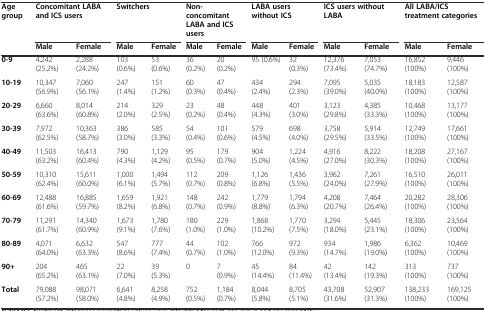
<table><thead><tr><td><b>Age group</b></td><td colspan="2"><b>Concomitant LABA and ICS users</b></td><td colspan="2"><b>Switchers</b></td><td colspan="2"><b>Non-concomitant LABA and ICS users</b></td><td colspan="2"><b>LABA users without ICS</b></td><td colspan="2"><b>ICS users without LABA</b></td><td colspan="2"><b>All LABA/ICS treatment categories</b></td></tr><tr><td></td><td><b>Male</b></td><td><b>Female</b></td><td><b>Male</b></td><td><b>Female</b></td><td><b>Male</b></td><td><b>Female</b></td><td><b>Male</b></td><td><b>Female</b></td><td><b>Male</b></td><td><b>Female</b></td><td><b>Male</b></td><td><b>Female</b></td></tr></thead><tbody><tr><td><b>0-9</b></td><td>4,242 (25.2%)</td><td>2,288 (24.2%)</td><td>103 (0.6%)</td><td>53 (0.6%)</td><td>36 (0.2%)</td><td>20 (0.2%)</td><td>95 (0.6%)</td><td>32 (0.3%)</td><td>12,376 (73.4%)</td><td>7,053 (74.7%)</td><td>16,852 (100%)</td><td>9,446 (100%)</td></tr><tr><td><b>10-19</b></td><td>10,347 (56.9%)</td><td>7,060 (56.1%)</td><td>247 (1.4%)</td><td>151 (1.2%)</td><td>60 (0.3%)</td><td>47 (0.4%)</td><td>434 (2.4%)</td><td>294 (2.3%)</td><td>7,095 (39.0%)</td><td>5,035 (40.0%)</td><td>18,183 (100%)</td><td>12,587 (100%)</td></tr><tr><td><b>20-29</b></td><td>6,660 (63.6%)</td><td>8,014 (60.8%)</td><td>214 (2.0%)</td><td>329 (2.5%)</td><td>23 (0.2%)</td><td>48 (0.4%)</td><td>448 (4.3%)</td><td>401 (3.0%)</td><td>3,123 (29.8%)</td><td>4,385 (33.3%)</td><td>10,468 (100%)</td><td>13,177 (100%)</td></tr><tr><td><b>30-39</b></td><td>7,972 (62.5%)</td><td>10,363 (58.7%)</td><td>386 (3.0%)</td><td>585 (3.3%)</td><td>54 (0.4%)</td><td>101 (0.6%)</td><td>579 (4.5%)</td><td>698 (4.0%)</td><td>3,758 (29.5%)</td><td>5,914 (33.5%)</td><td>12,749 (100%)</td><td>17,661 (100%)</td></tr><tr><td><b>40-49</b></td><td>11,503 (63.2%)</td><td>16,413 (60.4%)</td><td>790 (4.3%)</td><td>1,129 (4.2%)</td><td>95 (0.5%)</td><td>179 (0.7%)</td><td>904 (5.0%)</td><td>1,224 (4.5%)</td><td>4,916 (27.0%)</td><td>8,222 (30.3%)</td><td>18,208 (100%)</td><td>27,167 (100%)</td></tr><tr><td><b>50-59</b></td><td>10,310 (62.4%)</td><td>15,611 (60.0%)</td><td>1,000 (6.1%)</td><td>1,494 (5.7%)</td><td>112 (0.7%)</td><td>209 (0.8%)</td><td>1,126 (6.8%)</td><td>1,436 (5.5%)</td><td>3,962 (24.0%)</td><td>7,261 (27.9%)</td><td>16,510 (100%)</td><td>26,011 (100%)</td></tr><tr><td><b>60-69</b></td><td>12,488 (61.6%)</td><td>16,885 (59.7%)</td><td>1,659 (8.2%)</td><td>1,921 (6.8%)</td><td>148 (0.7%)</td><td>242 (0.9%)</td><td>1,779 (8.8%)</td><td>1,794 (6.3%)</td><td>4,208 (20.7%)</td><td>7,464 (26.4%)</td><td>20,282 (100%)</td><td>28,306 (100%)</td></tr><tr><td><b>70-79</b></td><td>11,291 (61.7%)</td><td>14,340 (60.9%)</td><td>1,673 (9.1%)</td><td>1,780 (7.6%)</td><td>180 (1.0%)</td><td>229 (1.0%)</td><td>1,868 (10.2%)</td><td>1,770 (7.5%)</td><td>3,294 (18.0%)</td><td>5,445 (23.1%)</td><td>18,306 (100%)</td><td>23,564 (100%)</td></tr><tr><td><b>80-89</b></td><td>4,071 (64.0%)</td><td>6,632 (63.3%)</td><td>547 (8.6%)</td><td>777 (7.4%)</td><td>44 (0.7%)</td><td>102 (1.0%)</td><td>766 (12.0%)</td><td>972 (9.3%)</td><td>934 (14.7%)</td><td>1,986 (19.0%)</td><td>6,362 (100%)</td><td>10,469 (100%)</td></tr><tr><td><b>90+</b></td><td>204 (65.2%)</td><td>465 (63.1%)</td><td>22 (7.0%)</td><td>39 (5.3%)</td><td>0</td><td>7 (0.9%)</td><td>45 (14.4%)</td><td>84 (11.4%)</td><td>42 (13.4%)</td><td>142 (19.3%)</td><td>313 (100%)</td><td>737 (100%)</td></tr><tr><td><b>Total</b></td><td>79,088 (57.2%)</td><td>98,071 (58.0%)</td><td>6,641 (4.8%)</td><td>8,258 (4.9%)</td><td>752 (0.5%)</td><td>1,184 (0.7%)</td><td>8,044 (5.8%)</td><td>8,705 (5.1%)</td><td>43,708 (31.6%)</td><td>52,907 (31.3%)</td><td>138,233 (100%)</td><td>169,125 (100%)</td></tr></tbody></table>